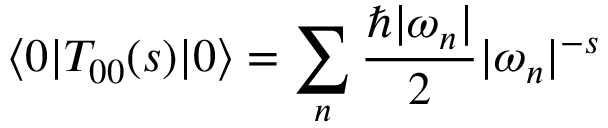
\langle 0 | T _ { 0 0 } ( s ) | 0 \rangle = \sum _ { n } { \frac { \hbar | \omega _ { n } | } { 2 } } | \omega _ { n } | ^ { - s }